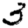
Digit: 3